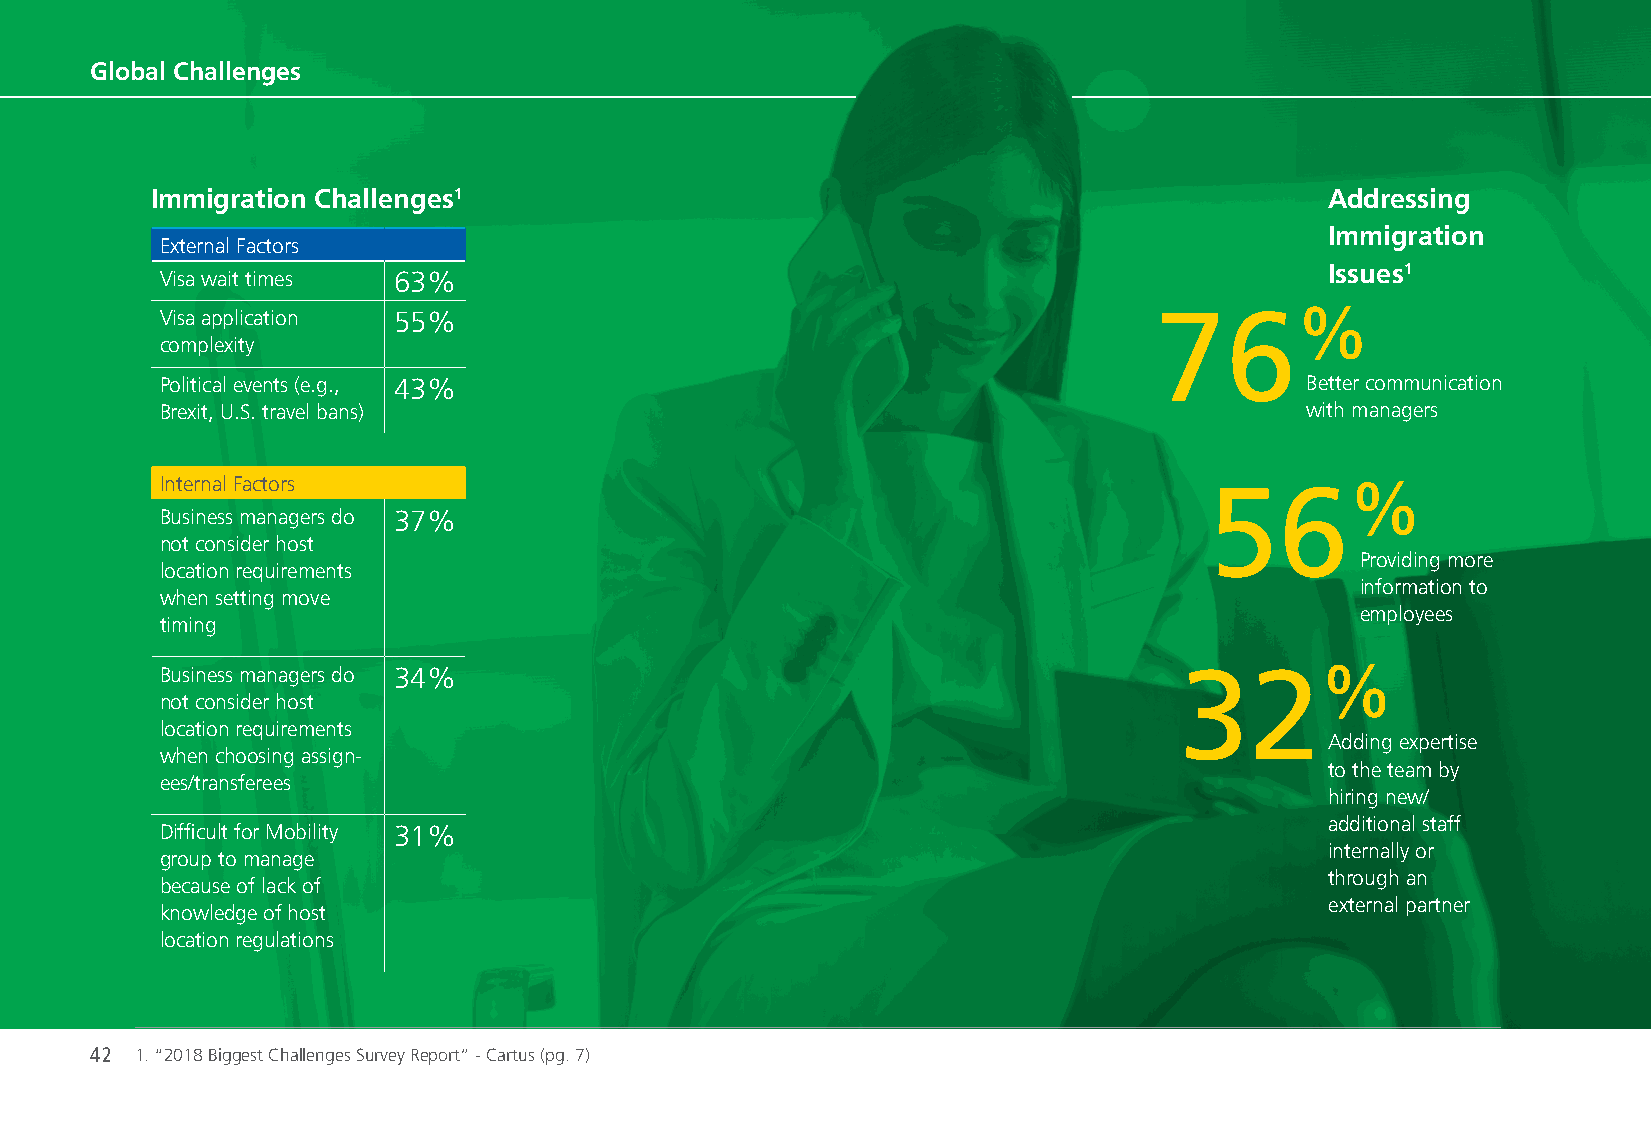
Global Challenges
 Immigration Challenges1                                                       Addressing
 Immigration
 External Factors
 Issues1
 Visa wait times 63%
 Visa application 55%                                             76%
 complexity
 Political events (e.g., 43%                                                Better communication
 Brexit, U.S. travel bans)                                                  with managers
 Internal Factors                                                     56%
 Business managers do 37%
 not consider host
 Providing more
 location requirements
 information to
 when setting move
 employees
 timing
 Business managers do 34%                                           32%
 not consider host
 location requirements
 Adding expertise
 when choosing assign-
 to the team by
 ees/transferees
 hiring new/
 additional staff
 Difficult for Mobility 31%
 internally or
 group to manage
 through an
 because of lack of
 external partner
 knowledge of host
 location regulations
 42 1. “2018 Biggest Challenges Survey Report” - Cartus (pg. 7)